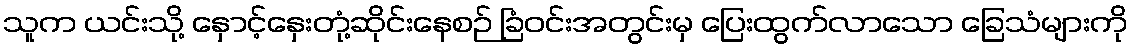
သူက ယင်းသို့ နှောင့်နှေးတုံ့ဆိုင်းနေစဉ် ခြံဝင်းအတွင်းမှ ပြေးထွက်လာသော ခြေသံများကို